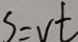
S = v t